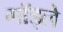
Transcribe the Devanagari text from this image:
गॉड्ले